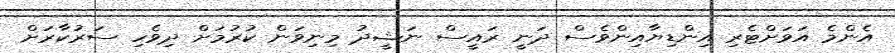
އެންމެ އަވަށްޓެރި އިންޑިޔާއިންވެސް ދަނީ ރައީސް ނަޝީދު މިނިވަން ކުރުމަށް ދިވެހި ސަރުކާރަށް